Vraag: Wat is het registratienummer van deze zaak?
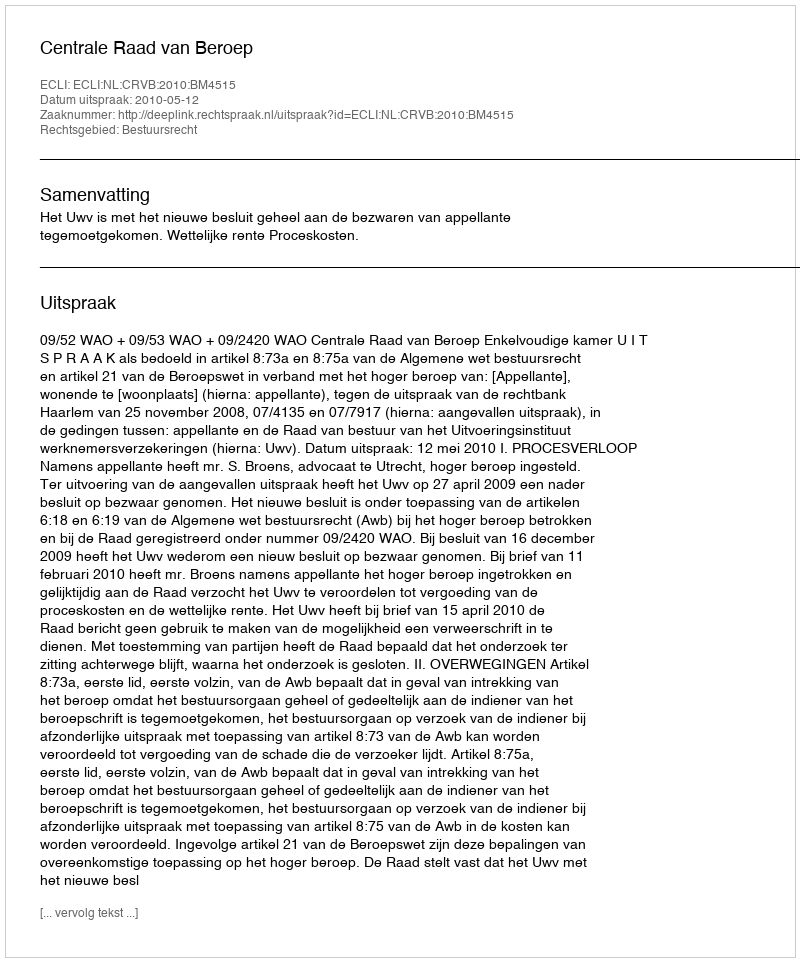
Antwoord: http://deeplink.rechtspraak.nl/uitspraak?id=ECLI:NL:CRVB:2010:BM4515